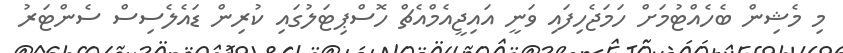
މި މެޝިން ބެހެއްޓުމަށް ހަމަޖެހިފައި ވަނީ އައިޖީއެމްއެޗް ހޮސްޕިޓަލުގައި ކުރިން ޑައެލެސިސް ސެންޓަރު